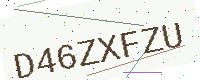
Text: D46ZXFZU